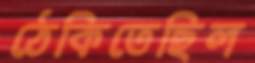
ঠেকিতেছিল